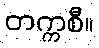
တက္ကစီ။